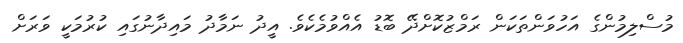
މުސްލިމުންގެ އަހުވަންތަކަން ރަމްޒުކޮށްދޭ ބޮޑު އެއްވުމެކެވެ. އީދު ނަމާދު މައިދާނުގައި ކުރުމަކީ ވަރަށް